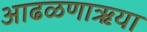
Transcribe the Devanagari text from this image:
आढळणाऋया